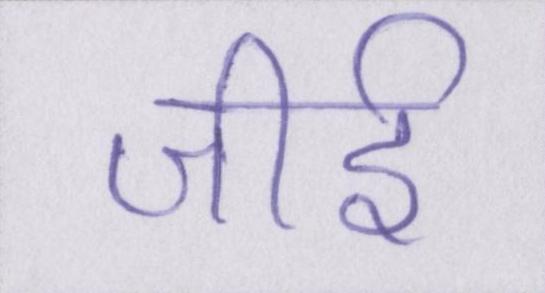
जीर्इ